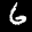
Label: 6